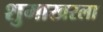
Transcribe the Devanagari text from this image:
शुमाखरला